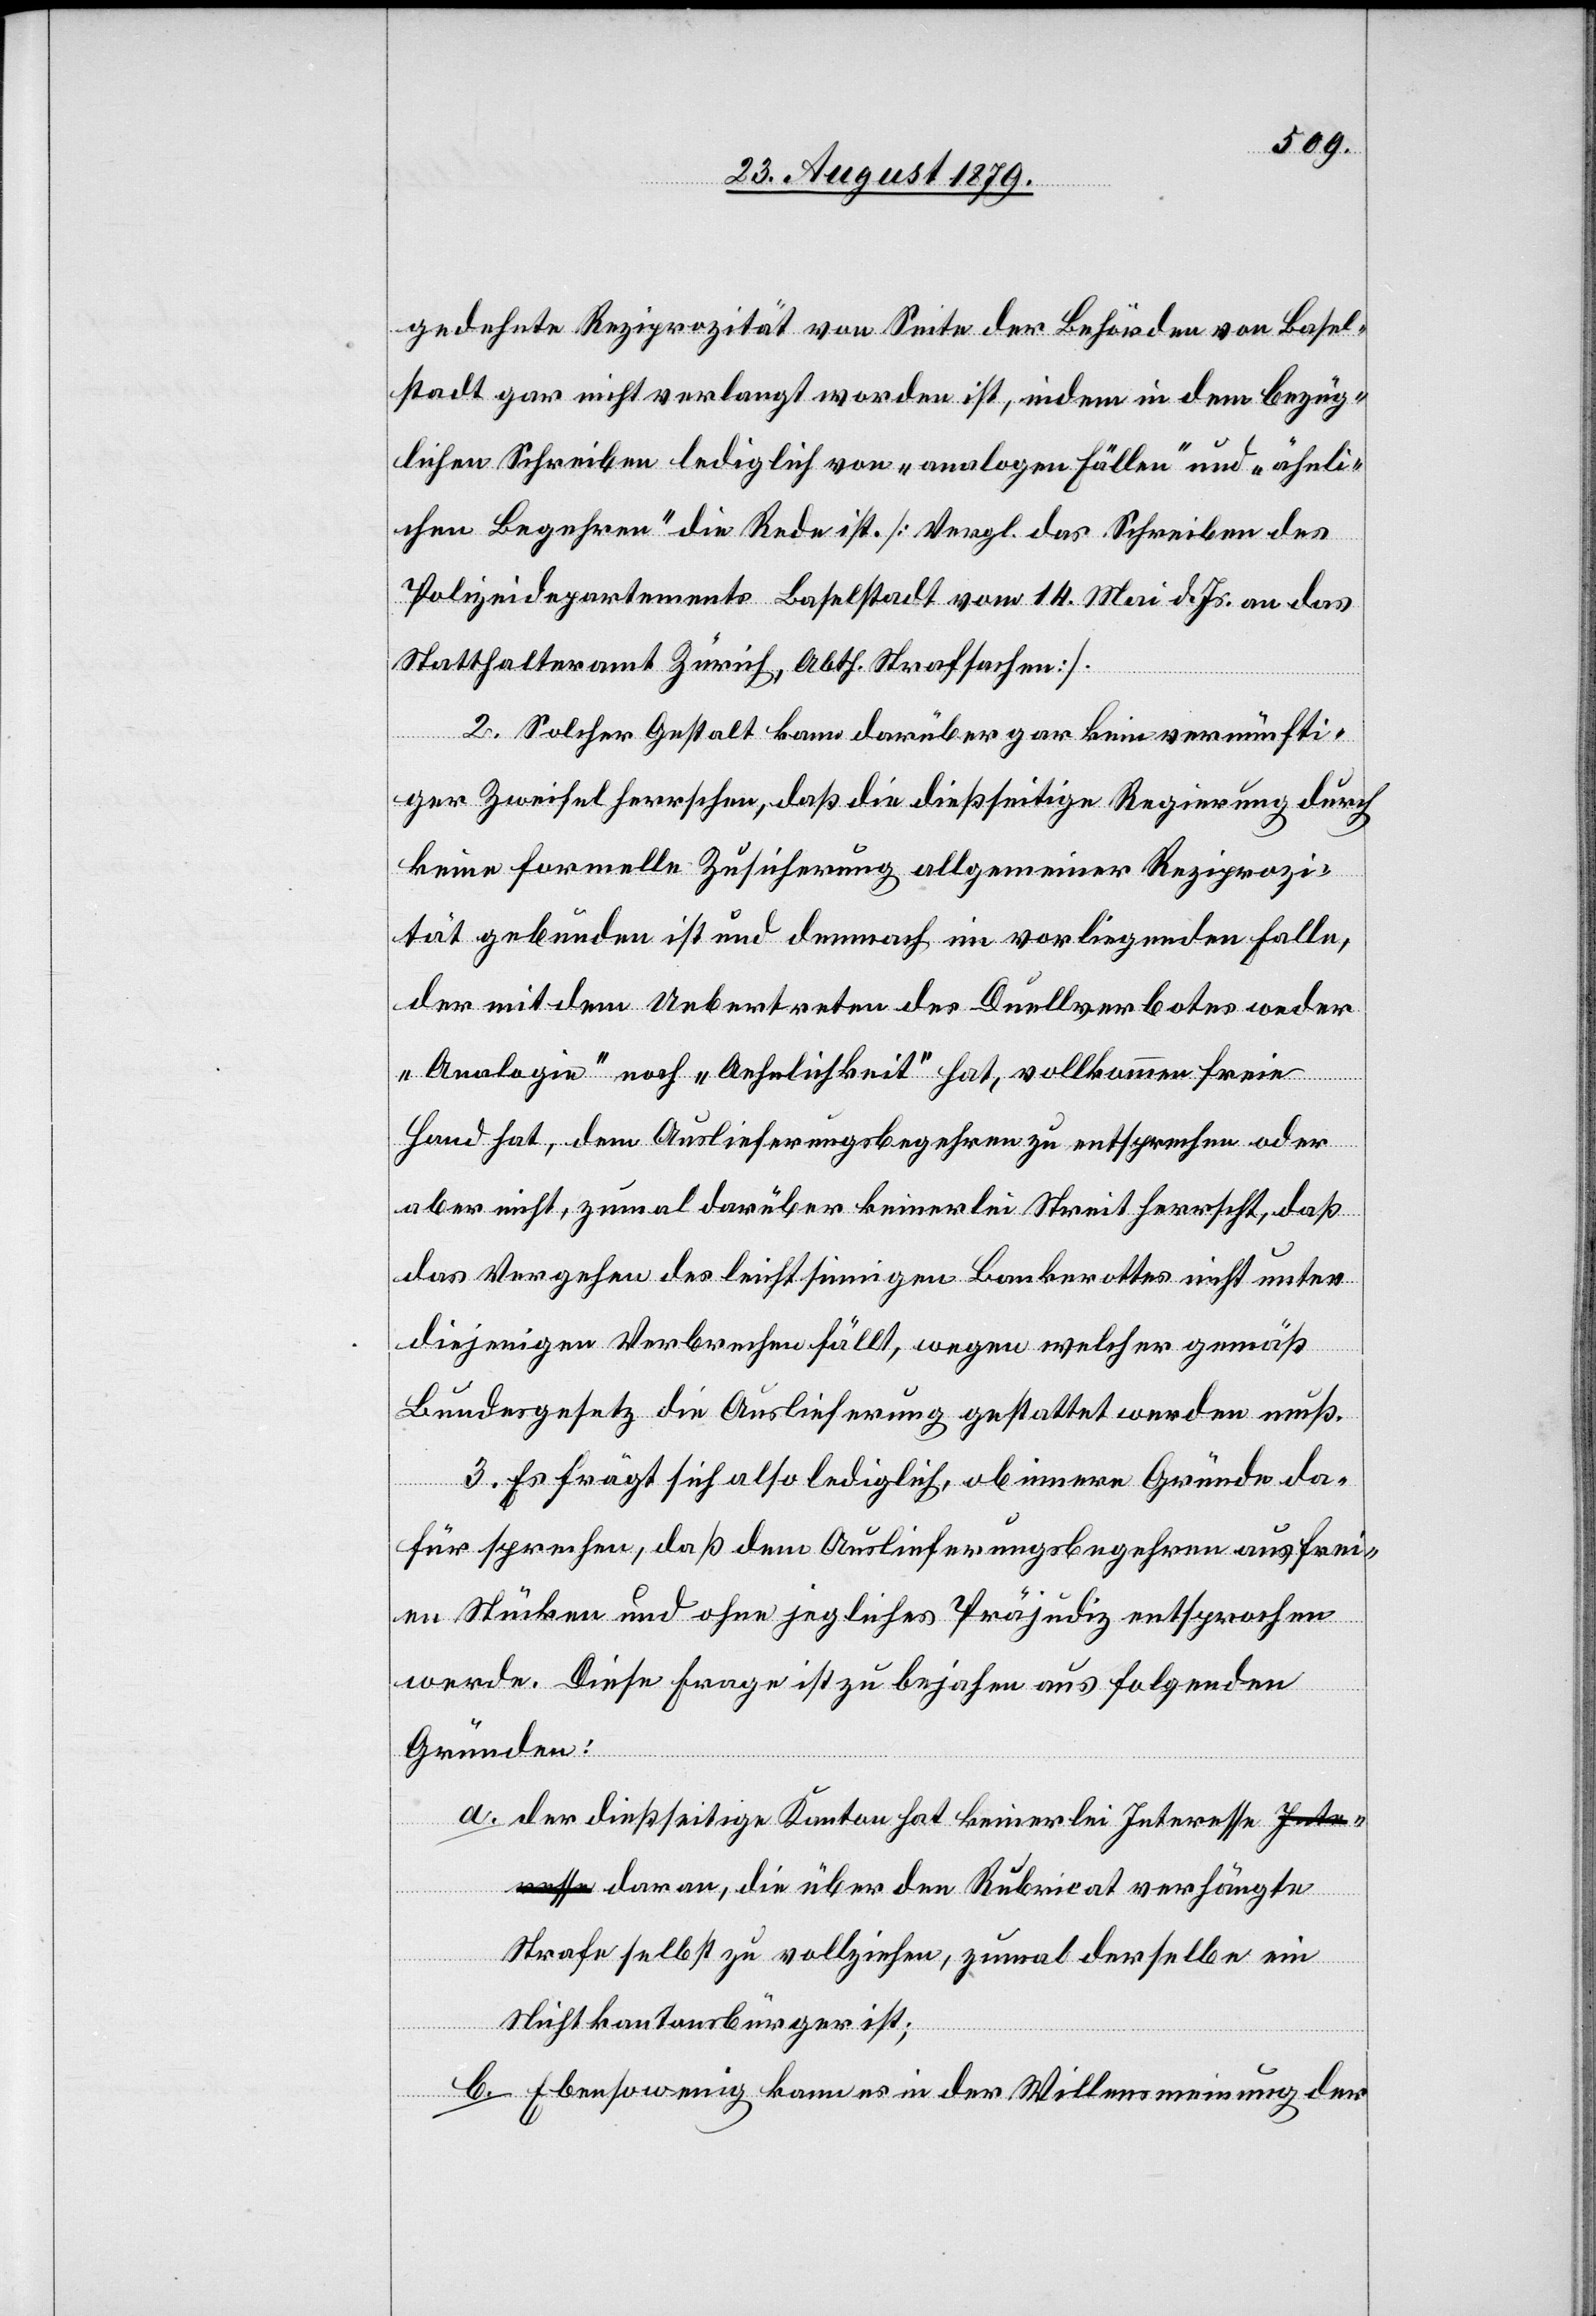
gedehnte Reziprozität von Seite der Behörden von Basel¬
stadt gar nicht verlangt worden ist, indem in dem bezüg¬
lichen Schreiben lediglich von „analogen Fällen“ und „ähnli¬
chen Begehren“ die Rede ist. [Vergl. das Schreiben des
Polizeidepartements Baselstadt vom 14. Mai d. Js. an das
Statthalteramt Zürich, Abth. Strafsachen].
2. Solcher Gestalt kann darüber gar kein vernünfti¬
ger Zweifel herrschen, daß die diesseitige Regierung durch
keine formelle Zusicherung allgemeiner Reziprozi¬
tät gebunden ist und demnach im vorliegenden Falle,
der mit dem Uebertreten des Duellverbotes weder
„Analogie“ noch „Ansehnlichkeit“ hat, vollkommen freie
Hand hat, dem Auslieferungsbegehren zu entsprechen oder
aber nicht, zumal darüber keinerlei Streit herrscht, daß
das Vorgehen des leichtsinnigen Bankerottes nicht unter
diejenigen Verbrechen fällt, wegen welcher gemäß
Bundesgesetz die Auslieferung gestattet werden muß.
3. Es frägt sich also lediglich, ob innere Gründe da¬
für sprechen, daß dem Auslieferungsbegehren aus frei¬
en Stücken und ohne jegliches Präjudiz entsprochen
werde. Diese Frage ist zu bejahen aus folgenden
Gründen:
a.
der dießseitige Kanton hat keinerlei Interesse da¬
ran, die über den Rubricat verhängte
Strafe selbst zu vollziehen, zumal derselbe ein
Nichtkantonsbürger ist;
Ebensowenig kann in der Willensmeinung der